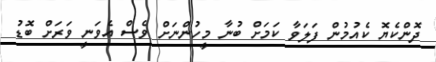
ދޮންކެޔޮ ކެއުމުން ފަލަވާ ކަމަށް ބުނާ މީހުންނަށް ވެސް އެވަނީ ވަރަށް ބޮޑު